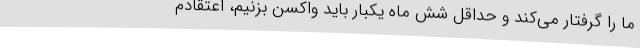
ما را گرفتار می‌کند و حداقل شش ماه یکبار باید واکسن بزنیم، اعتقادم